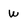
Character: w